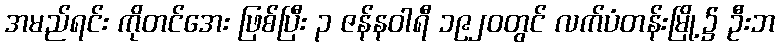
အမည်ရင်း ကိုတင်အေး ဖြစ်ပြီး ၃ ဇန်နဝါရီ ၁၉၂၀တွင် လက်ပံတန်းမြို့၌ ဦးဘ